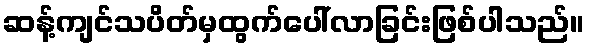
ဆန့်ကျင်သပိတ်မှထွက်ပေါ်လာခြင်းဖြစ်ပါသည်။